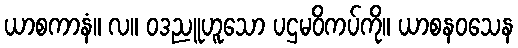
ယာစကာနံ။ လ။ ဝဒညူဟူသော ပဌမဝိကပ်ကို။ ယာစနဝသေန